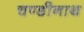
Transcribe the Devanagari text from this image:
चण्‍डीनाथ